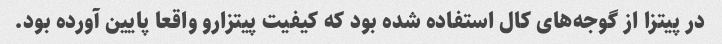
در پیتزا از گوجه‌های کال استفاده شده بود که کیفیت پیتزارو واقعا پایین آورده بود.